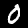
Label: 0